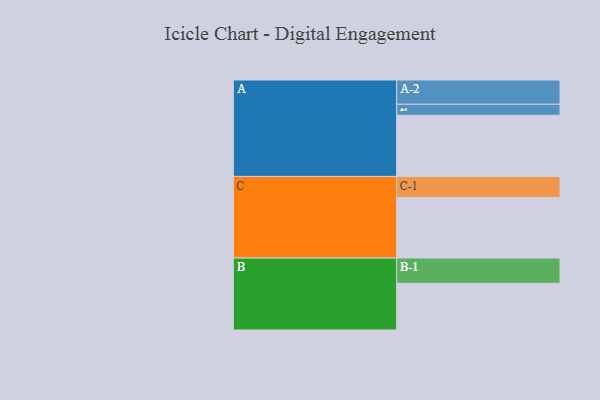
{"axis": {"x": "Segment", "y": "Value"}, "legend": ["", "A", "B", "C"], "data": [{"x": "A", "y": 548, "type": ""}, {"x": "B", "y": 418, "type": ""}, {"x": "C", "y": 542, "type": ""}, {"x": "A-1", "y": 99, "type": "A"}, {"x": "A-2", "y": 217, "type": "A"}, {"x": "B-1", "y": 227, "type": "B"}, {"x": "C-1", "y": 189, "type": "C"}]}